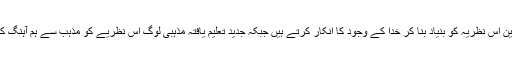
دلچسپ بات یہ ہے کہ ملحدین اس نظریہ کو بنیاد بنا کر خدا کے وجود کا انکار کرتے ہیں جبکہ جدید تعلیم یافتہ مذہبی لوگ اس نظریے کو مذہب سے ہم آہنگ کرنے کی کوشش کرتے ہیں۔